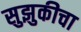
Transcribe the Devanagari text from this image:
सुझुकीचा